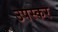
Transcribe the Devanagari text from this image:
उपस्‍कर